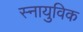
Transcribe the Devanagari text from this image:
स्नायुविक